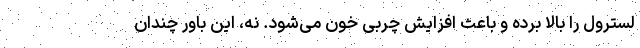
لسترول را بالا برده و باعث افزایش چربی خون می‌شود. نه، این باور چندان